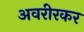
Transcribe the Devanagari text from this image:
अवरीरकर